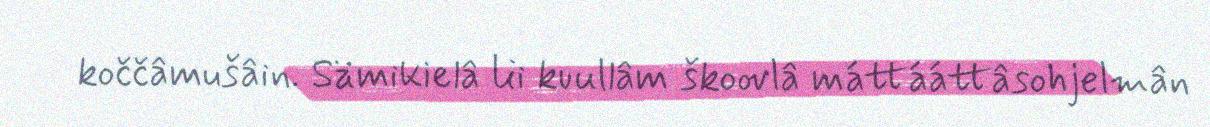
koččâmušâin. Sämikielâ lii kuullâm škoovlâ máttááttâsohjelmân